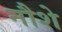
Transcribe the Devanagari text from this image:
नौशे